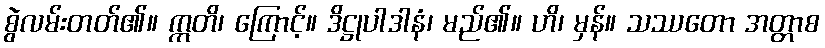
စွဲလမ်းတတ်၏။ ဣတိ၊ ကြောင့်။ ဒိဋ္ဌုပါဒါနံ၊ မည်၏။ ဟိ၊ မှန်။ သဿတော အတ္တာစ